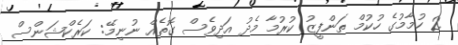
2 ހުމާމުގެ ހުކުމް ތަންފީޒު ކުރުމާ މެދު އަދިވެސް ގޮތެއް ނުނިމޭ: ކަރެކްޝަންސް